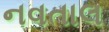
નવતાલ